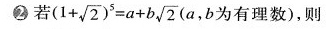
2.若( $$1+ \sqrt{2})^{5}=a+b \sqrt{2}(a,$$ b为有理数),则